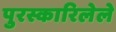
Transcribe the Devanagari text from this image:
पुरस्कारिलेले